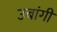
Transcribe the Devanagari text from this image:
उबांगी